Vaccination in the Punjab 1883-1896 - 1883-1896
Year: 1883
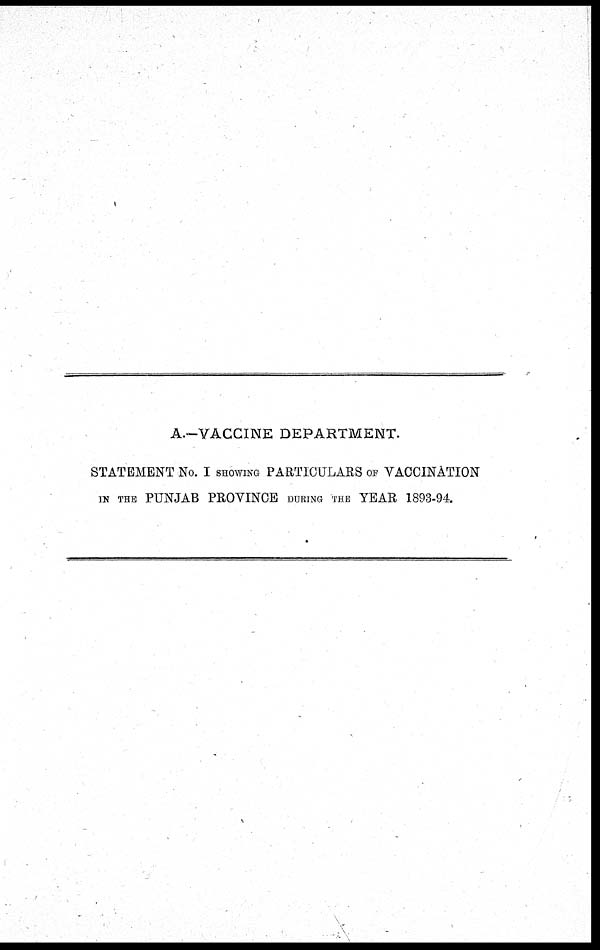
A.—VACCINE DEPARTMENT.
STATEMENT No. I SHOWING PARTICULARS OF VACCINATION
IN THE PUNJAB PROVINCE DURING THE YEAR 1893-94.